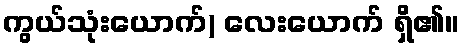
ကွယ်သုံးယောက်) လေးယောက် ရှိ၏။